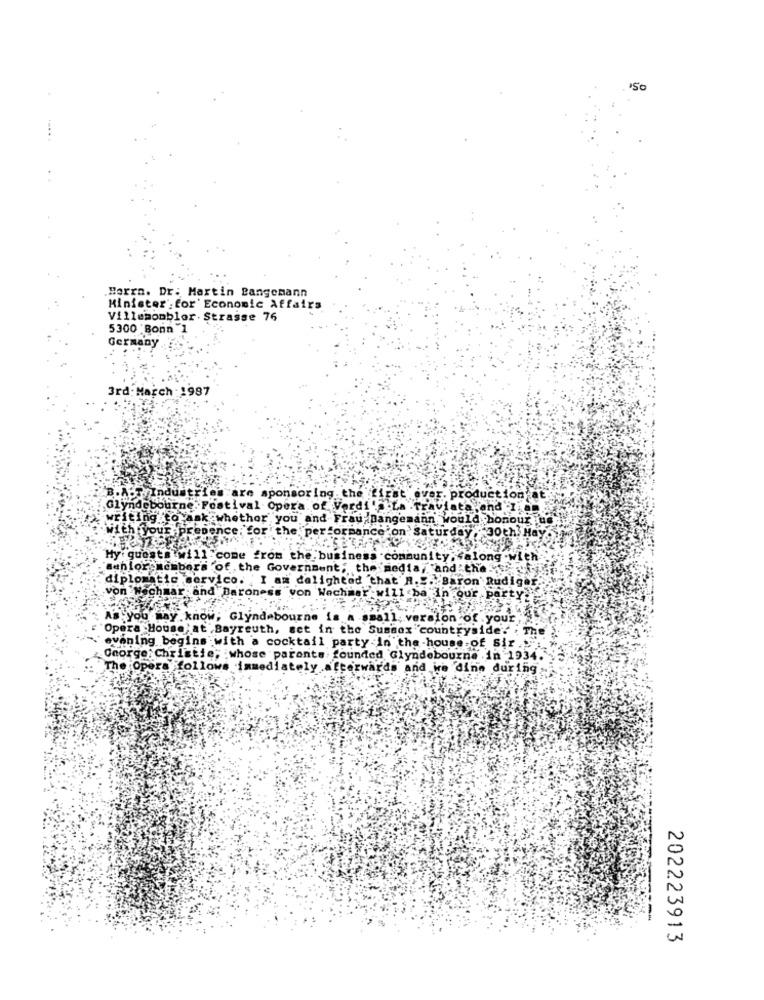
Herrn. Dr: Martin Bangemann
Minister for Economic Affairs
Villemombler. Strasse 76
5300 Bonn 1
Germany
3rd: March : 1987
B.
Industries are sponsoring the first ov
r. produ
tion at
Glyndebourne: Festival Opera of Verdi's.La Traviata.and I am
writing to ask whether you and Frau Bangemann would honour ue
with your presence; for the performance on Saturday , - 30th. Ha
My: guests will come from the business community ; salong .with
senlorec ber's of the Government; the media,and the
diplomatic servico. I am delighted chat R.". Baron Rudiger.
von Nachmar and Baroness von Wechmar will ba In our part
As you may know; Glyndebourne is a small version of your ;*
Opera House,at Bayreuth, set in the Sussex countryside. . The
evening begins with a cocktail party in the -house of Sir ..
George: Christie; whose parents. founded Glyndebourne in 1934.
The Opera follows immediately afterwards and we dine during
202223913